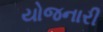
યોજનારી